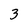
Character: 3